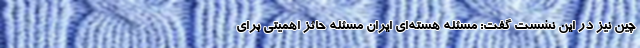
چین نیز در این نشست گفت: مسئله هسته‌ای ایران مسئله حائز اهمیتی برای